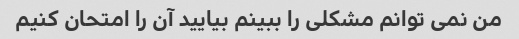
من نمی توانم مشکلی را ببینم بیایید آن را امتحان کنیم